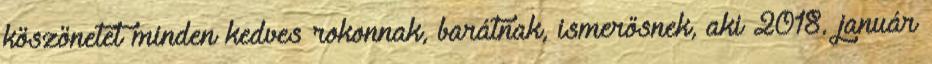
köszönetet minden kedves rokonnak, barátnak, ismerősnek, aki 2018. január